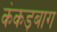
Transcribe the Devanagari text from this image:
कंकड़बाग